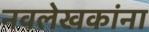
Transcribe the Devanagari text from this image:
नवलेखकांना